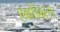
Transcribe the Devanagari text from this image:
एक्पेंडेबल्स